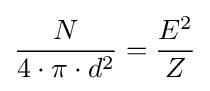
{\frac {N}{4\cdot \pi \cdot d^{2}}}={\frac {E^{2}}{Z}}